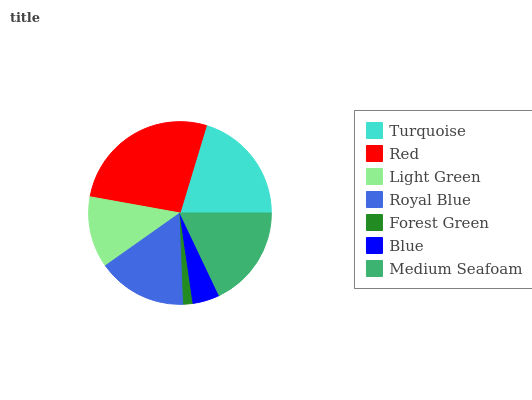
| Turquoise | Red | Light Green | Royal Blue | Forest Green | Blue | Medium Seafoam |
 | --- | --- | --- | --- | --- | --- | --- |
 | 20.3% | 26.9% | 12.6% | 15.8% | 1.65% | 4.77% | 18% |